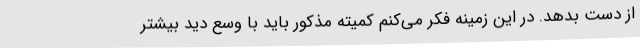
از دست بدهد. در این زمینه فکر می‌کنم کمیته مذکور باید با وسع دید بیشتر